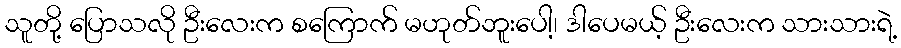
သူတို့ ပြောသလို ဦးလေးက စကြောက် မဟုတ်ဘူးပေါ့၊ ဒါပေမယ့် ဦးလေးက သားသားရဲ့